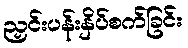
ညှင်းပန်းနှိပ်စက်ခြင်း